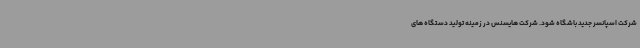
شرکت اسپانسر جدید باشگاه شود. شرکت هایسنس در زمینه تولید دستگاه های